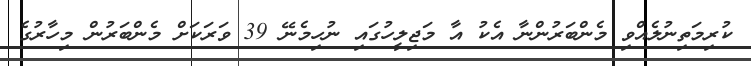
ކުރިމަތިނުލެއްވި މެންބަރުންނާ އެކު އާ މަޖިލީހުގައި ނުހިމެނޭ 39 ވަރަކަށް މެންބަރުން މިހާރުގެ